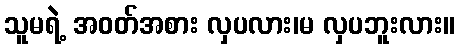
သူမရဲ့ အဝတ်အစား လှပလား၊မ လှပဘူးလား။